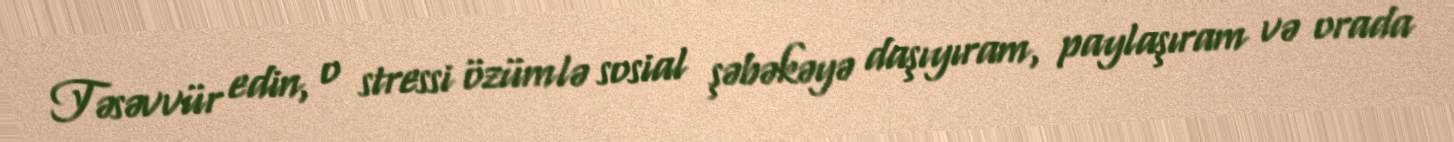
Təsəvvür edin, o stressi özümlə sosial şəbəkəyə daşıyıram, paylaşıram və orada